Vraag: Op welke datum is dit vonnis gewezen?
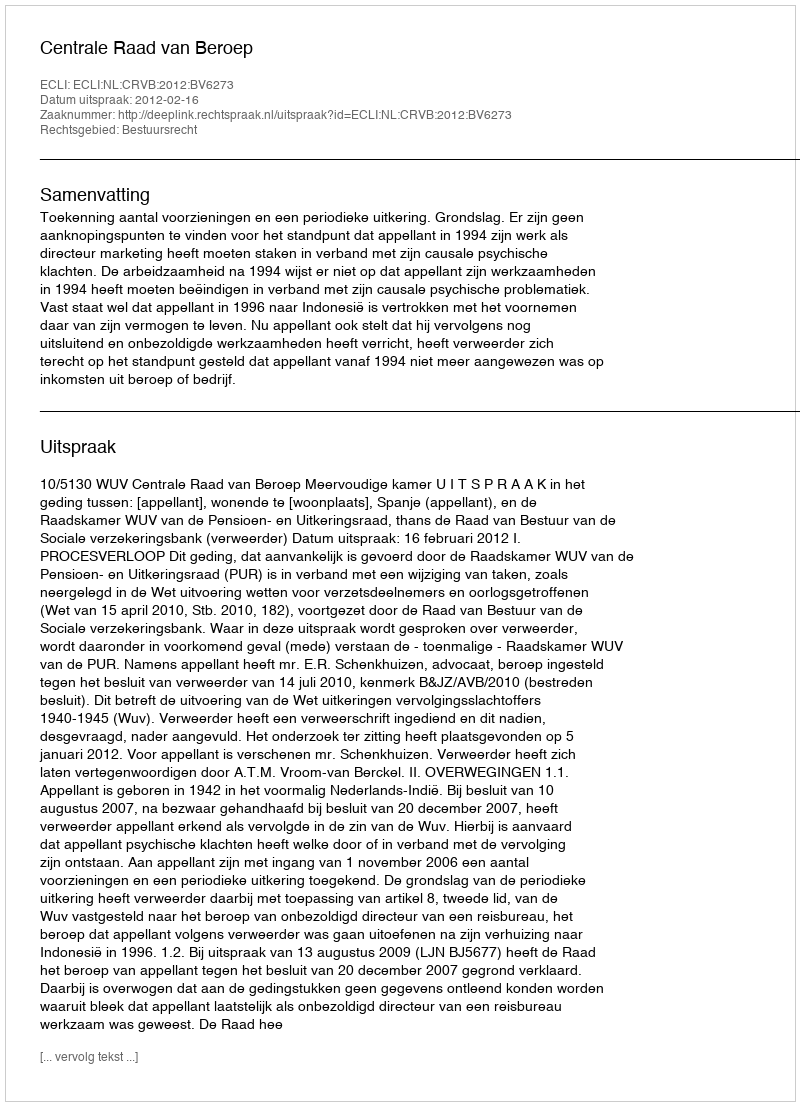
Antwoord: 2012-02-16